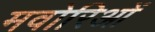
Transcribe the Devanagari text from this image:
मवोरिओं